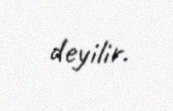
deyilir.